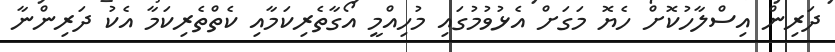
ދަރިން އިސްލާހުކޮށް ހެޔޮ މަގަށް އެޅުވުމުގައި މުހިއްމީ އޯގާތެރިކަމާއި ކެތްތެރިކަމާ އެކު ދަރިންނާ